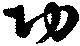
功